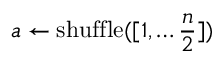
\boldsymbol a \gets \mathrm { s h u f f l e } ( [ 1 , \dots \frac { n } { 2 } ] )